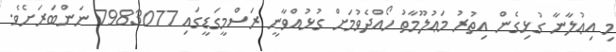
މި އިޢުލާނާ ގުޅިގެން އިތުރު މަޢުލޫމާތު ހޯއްދެވުމަށް ގުޅުއްވާނީ ރަސްމީގަޑީގައި 7983077 ނަންބަރަށެވެ.